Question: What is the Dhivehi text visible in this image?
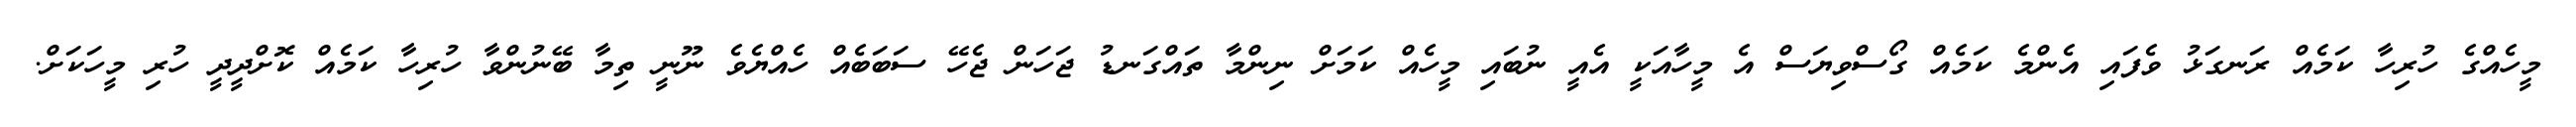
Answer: މީހެއްގެ ހުރިހާ ކަމެއް ރަނގަޅު ވެފައި އެންމެ ކަމެއް ގޯސްވިޔަސް އެ މީހާއަކީ އެއީ ނުބައި މީހެއް ކަމަށް ނިންމާ ތައްގަނޑު ޖަހަން ޖެހޭ ސަބަބެއް ހެއްޔެވެ ނޫނީ ތިމާ ބޭނުންވާ ހުރިހާ ކަމެއް ކޮށްދީދީ ހުރި މީހަކަށް.